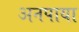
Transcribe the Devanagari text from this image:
अनपाया